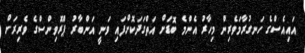
އައިއެސްގެ ހަނގުރާމަވެރިން މިހާރު އެންމެ ބޮޑަށް އަތްގަދަކޮށްފައި ވަނީ އަންބާރު ޕްރޮވިންސްގެ ވެރިރަށް